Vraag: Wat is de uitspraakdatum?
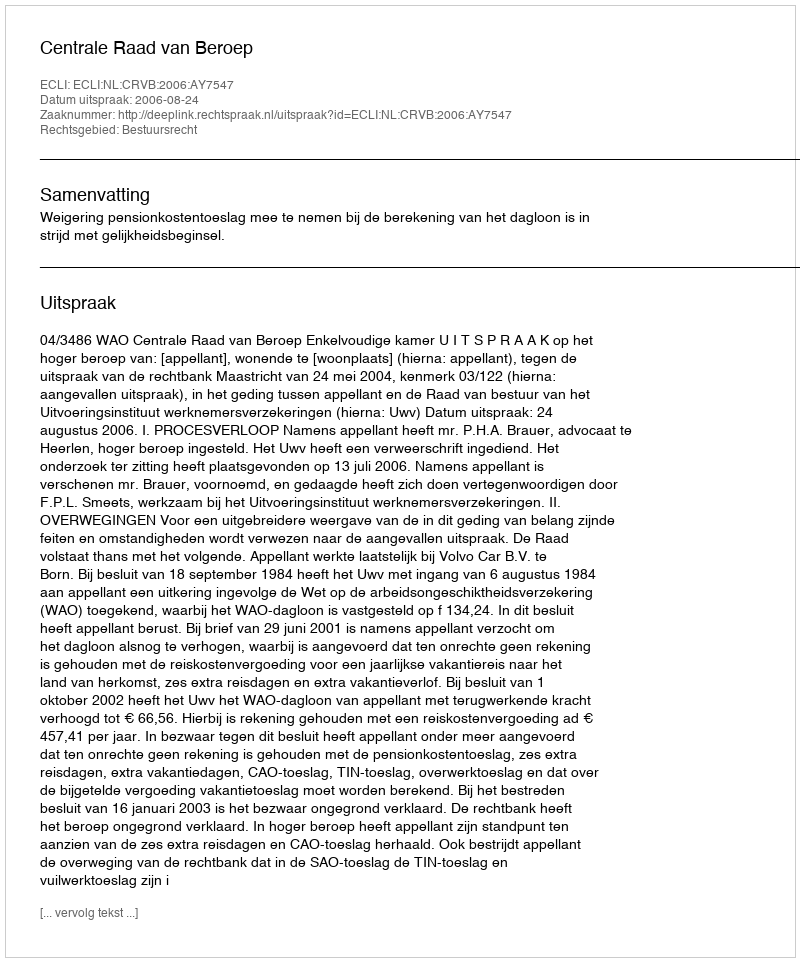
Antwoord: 2006-08-24